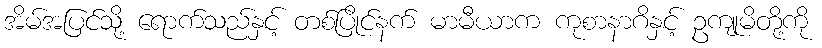
အိမ်အပြင်သို့ ရောက်သည်နှင့် တစ်ပြိုင်နက် မာမီယာက ကုစာနာဂိနှင့် ဥကျုမိတို့ကို